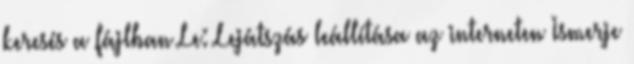
keresés a fájlban Le: Lejátszás leállítása az interneten Ismerje